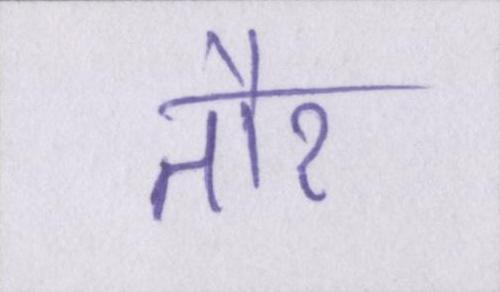
तौर